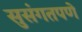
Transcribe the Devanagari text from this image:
सुसंगतपणे